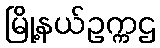
မြို့နယ်ဥက္ကဌ